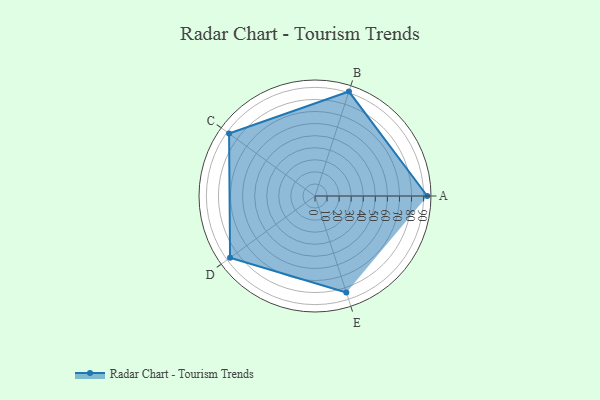
{"axis": {"x": "Skill", "y": "Score"}, "legend": ["Profile"], "data": [{"x": "A", "y": 93.0, "type": "Profile"}, {"x": "B", "y": 91.0, "type": "Profile"}, {"x": "C", "y": 88.0, "type": "Profile"}, {"x": "D", "y": 87.0, "type": "Profile"}, {"x": "E", "y": 84.0, "type": "Profile"}]}